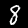
Digit: 8